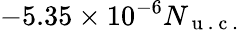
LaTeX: -5.35\times 10^{-6}N_{\mathrm{~u~.~c~.~}}